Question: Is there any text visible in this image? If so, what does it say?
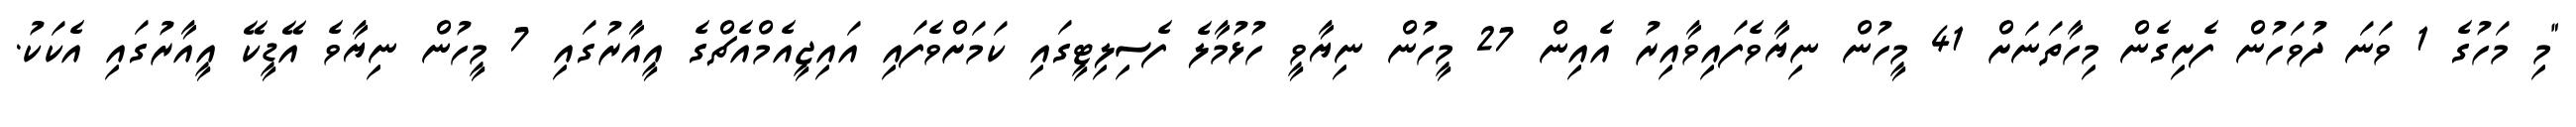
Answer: "މި މަހުގެ 1 ވަނަ ދުވަހުން ފެށިގެން މިހާތަނަށް 41 މީހުން ނިޔާވެފައިވާއިރު އެއިން 27 މީހުން ނިޔާވީ ހުޅުމާލެ ފެސިލިޓީގައި ކަމަށްވެފައި އައިޖީއެމްއެޗްގެ އީއާރުގައި 7 މީހުން ނިޔާވެ އޭޑީކޭ އީއާރުގައި އެކަކު.